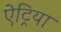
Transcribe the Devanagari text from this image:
ऐट्रिया